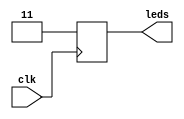
// This program was cloned from: https://github.com/Obijuan/open-fpga-verilog-tutorial
// License: GNU General Public License v2.0

//----------------------------------------------------------------------------
//-- Limitaciones en la sintesis de puertas triestado
//-- Error 1: Conexion de un registro de 2 bits a traves de una
//--   puerta triestado
//----------------------------------------------------------------------------
//--  (C) BQ. November 2015. Written by Juan Gonzalez (Obijuan)
//-- GPL license
//----------------------------------------------------------------------------

/*
 Al sintetizarlo con make sint3, se obtiene un error:
 ...
2.12.2. Executing Verilog-2005 frontend.
Parsing Verilog input from `/usr/local/bin/../share/yosys/ice40/arith_map.v' to AST representation.
Generating RTLIL representation for module `\_80_ice40_alu'.
Successfully finished Verilog frontend.
Mapping error1.$ternary$error1.v:29$2 ($tribuf) with simplemap.
terminate called after throwing an instance of 'std::out_of_range'
  what():  vector::_M_range_check: __n (which is 1) >= this->size() (which is 1)
Aborted (core dumped)
Makefile:143: recipe for target 'error1.bin' failed
make: *** [error1.bin] Error 134
*/

`default_nettype none


module error1  (
         input wire clk,            //-- Entrada de reloj
         output wire [1:0] leds);   //-- Leds a controlar

wire ena = 1'b1;

//-- Registro de 2 bits
reg [1:0] reg1;

//-- Cargar el registro con valor inicial
always @(posedge clk)
  reg1 <= 2'b11;

//-- Conectar el registro a 2 leds
assign leds = (ena) ? reg1 : 2'bzz;


endmodule